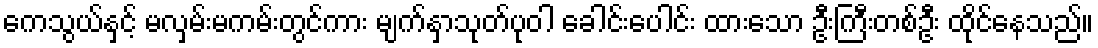
ကေသွယ်နှင့် မလှမ်းမကမ်းတွင်ကား မျက်နှာသုတ်ပုဝါ ခေါင်းပေါင်း ထားသော ဦးကြီးတစ်ဦး ထိုင်နေသည်။